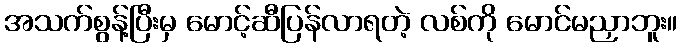
အသက်စွန့်ပြီးမှ မောင့်ဆီပြန်လာရတဲ့ လစ်ကို မောင်မညှာဘူး။